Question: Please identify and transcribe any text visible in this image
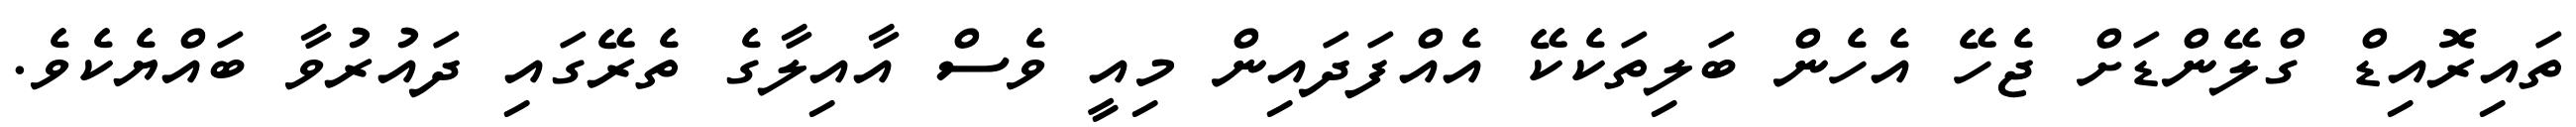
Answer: ތައިރޮއިޑް ގްލޭންޑަށް ޖެހޭ އެހެން ބަލިތަކެކޭ އެއްފަދައިން މިއީ ވެސް އާއިލާގެ ތެރޭގައި ދައުރުވާ ބައްޔެކެވެ.